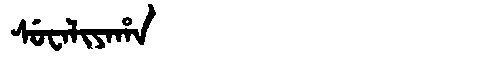
Manchu: ᠰᡠᠸᠠᠯᡳᠶᠠᡥᠠ
Romanization: SUWALIYAHA